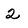
Character: 2